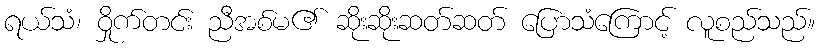
ရယ်သံ၊ ဝှိုက်တင်း ညီအစ်မ၏ ဆိုးဆိုးဆတ်ဆတ် ပြောသံကြောင့် လူစည်သည်။